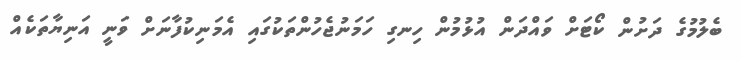
ބެލުމުގެ ދަށުން ކޯޓަށް ވައްދަން އުޅުމުން ހިނގި ހަމަނުޖެހުންތަކުގައި އެމަނިކުފާނަށް ވަނީ އަނިޔާތަކެއް